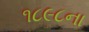
૧૮૯૮ના